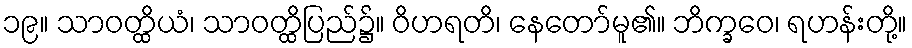
၁၉။ သာဝတ္ထိယံ၊ သာဝတ္ထိပြည်၌။ ဝိဟရတိ၊ နေတော်မူ၏။ ဘိက္ခဝေ၊ ရဟန်းတို့။